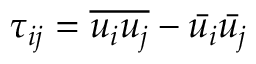
\tau _ { i j } = { \overline { { u _ { i } u _ { j } } } } - { \bar { u _ { i } } } { \bar { u _ { j } } }